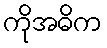
ကိုအဓိက